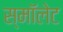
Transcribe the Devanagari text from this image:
स्मॉलेट